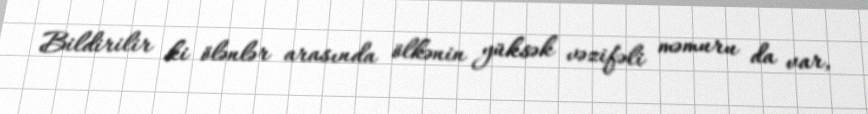
Bildirilir ki ölənlər arasında ölkənin yüksək vəzifəli məmuru da var,